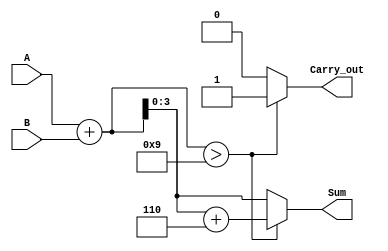
module BCD_Redundant_Binary_Adder(
    input [3:0] A,      // BCD Input A
    input [3:0] B,      // BCD Input B
    output reg [3:0] Sum, // BCD Output Result
    output reg Carry_out  // Carry-out signal
);

    // Intermediate signals for the addition
    wire [4:0] Sum_temp; // 5 bits to accommodate carry
    wire [4:0] Correction; // Correction value for BCD adjustment

    // Initial addition without correction
    assign Sum_temp = A + B;

    // Correction is applied if the result is greater than 9
    assign Correction = 5'b00110; // '6' in binary, which is the correction value

    always @* begin
        if (Sum_temp > 9) begin
            // Apply correction
            Sum = Sum_temp + Correction[3:0];
            Carry_out = 1; // There is a carry-out if correction is applied
        end else begin
            // No correction needed
            Sum = Sum_temp[3:0];
            Carry_out = 0; // No carry-out
        end
    end

endmodule